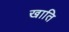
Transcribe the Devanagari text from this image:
खाति